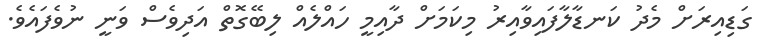
ގަޑިއިރަށް މެދު ކަނޑާލާފައިވާއިރު މިކަމަށް ދާއިމީ ހައްލެއް ލިބޭގޮތް އަދިވެސް ވަނީ ނުވެފައެވެ.